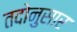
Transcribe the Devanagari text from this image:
तदोनुसार